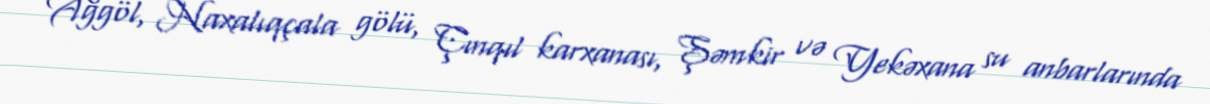
Ağgöl, Naxalıqçala gölü, Çınqıl karxanası, Şəmkir və Yekəxana su anbarlarında